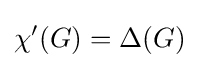
\chi '(G)=\Delta (G)